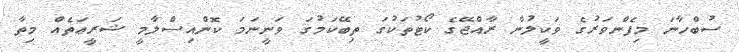
ސުބްހާނަ މިފެންވަރުގެ ވަކީލުން ރާއްޖޭގެ ކޯޓުތަކުގަ ތިބޭކަމުގަ ވަނީނަމަ ކޮންއިސްލާމީ ޝަރީޢަތެއް މިތާ